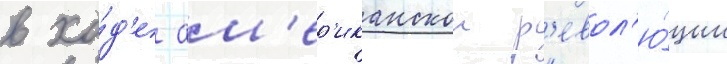
в хо́д'е ам'ер'иканскои р'евол'ю́ции